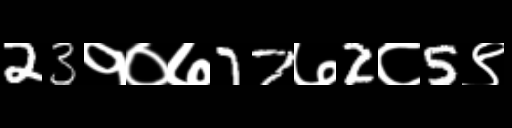
Text: 23१०७77७2८5९